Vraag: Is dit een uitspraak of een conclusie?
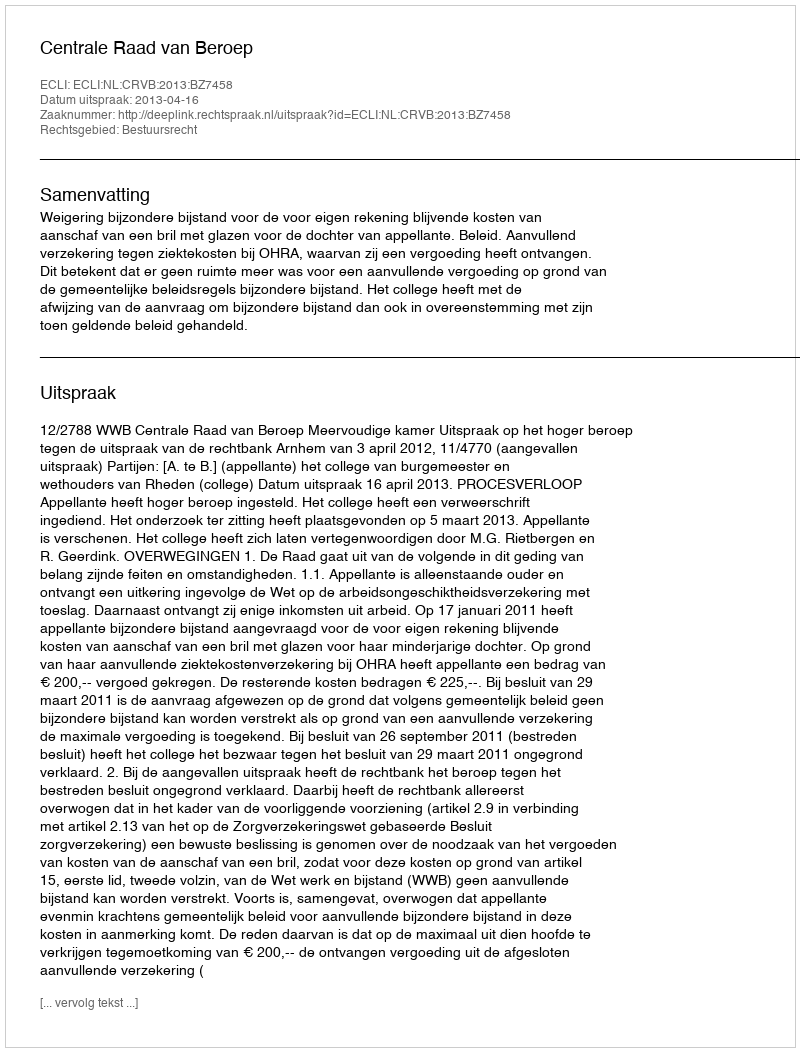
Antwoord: Uitspraak